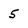
Character: 5